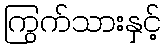
ကြွက်သားနှင့်